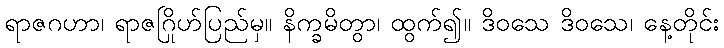
ရာဇဂဟာ၊ ရာဇဂြိုဟ်ပြည်မှ။ နိက္ခမိတွာ၊ ထွက်၍။ ဒိဝသေ ဒိဝသေ၊ နေ့တိုင်း